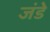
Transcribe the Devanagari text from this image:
जंडे